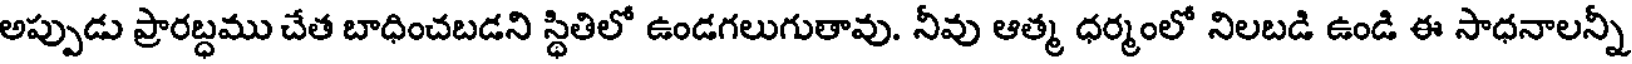
అప్పుడు ప్రారబ్ధము చేత బాధించబడని స్థితిలో ఉండగలుగుతావు. నీవు ఆత్మ ధర్మంలో నిలబడి ఉండి ఈ సాధనాలన్నీ